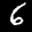
Label: 6